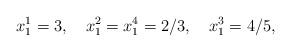
LaTeX: \begin{align*}x_{1}^{1}=3,\quad x_{1}^{2}=x_{1}^{4}=2/3,\quad x_{1}^{3}=4/5,\end{align*}